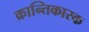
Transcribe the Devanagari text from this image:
क्रान्तिकारक